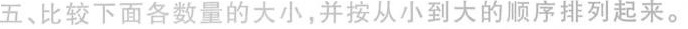
五、比较下面各数量的大小，并按从小到大的顺序排列起来。